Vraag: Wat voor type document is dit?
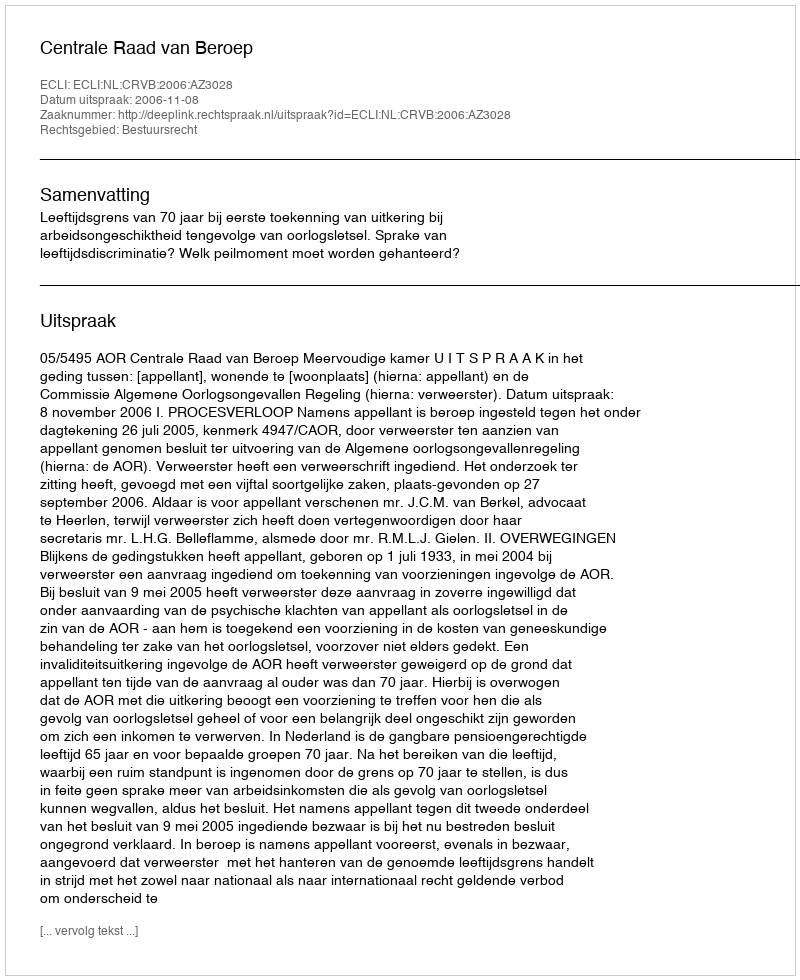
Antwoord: Uitspraak